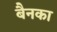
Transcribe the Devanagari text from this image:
बैनका